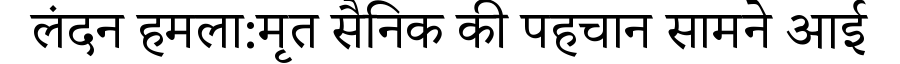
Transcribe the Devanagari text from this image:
लंदन हमला:मृत सैनिक की पहचान सामने आई